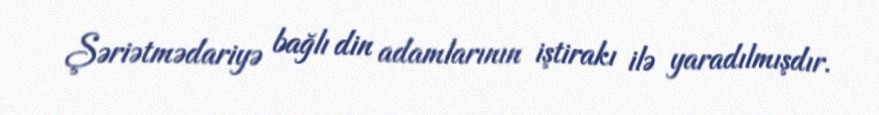
Şəriətmədariyə bağlı din adamlarının iştirakı ilə yaradılmışdır.